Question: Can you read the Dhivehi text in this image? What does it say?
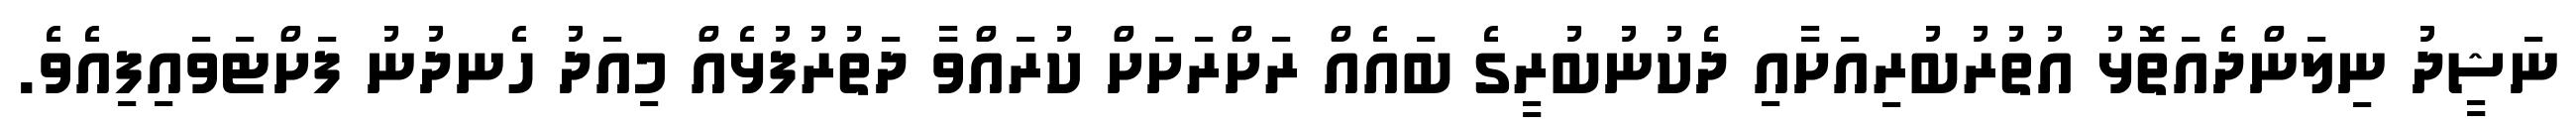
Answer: ނަޝީދު ނިލަންދެއަތޮޅު އުތުރުބުރިއަށާއި ދެކުނުބުރީގެ ބައެއް ރަށްރަށަށް ކުރައްވާ ދަތުރުފުޅެއް މިއަދު ހެނދުނު ފަށްޓަވައިފިއެވެ.